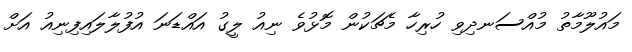
މައުލޫމާތު މުއްސަނދިވި ހުރިހާ މެޗަކުން މޮޅުވެ ނިއު ލީގު އައްޑަނަ އުފުލާލައިފިނިއު އަށް